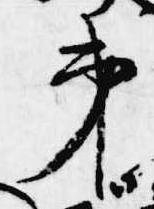
第